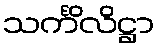
သင်္ကိလိဋ္ဌာ